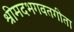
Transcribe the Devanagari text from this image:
श्रीमदभगवतगीता